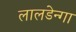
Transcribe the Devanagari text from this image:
लालडेन्गा